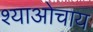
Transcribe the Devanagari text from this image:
श्याओचाय